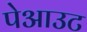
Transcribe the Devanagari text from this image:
पेआउट